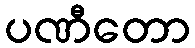
ပဏီတော